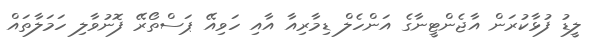
ލީޑު ފުޅާކުރަން އާޖެންޓީނާގެ އަންހެލް ޑިމާރިއާ އާއި ހަވިއޭ ޕަސްތޯރޭ ފޮނުވާލި ހަމަލާތައް